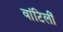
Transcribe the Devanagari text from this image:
वांटिलीं